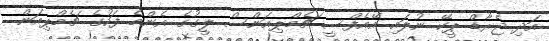
އަދި ޖެރާޑް ޕީކޭ ނުލައި އޭއެފްސީ ޗެމްޕިއަންސް ލީގުގެ އެންމެ ފަހުގެ ޗެމްޕިއަން